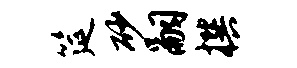
筵砂嗣撰